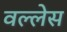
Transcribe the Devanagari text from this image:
वल्लेस